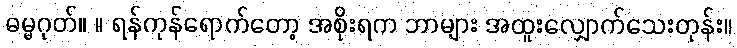
ဓမ္မဂုတ်။ ။ ရန်ကုန်ရောက်တော့ အစိုးရက ဘာများ အထူးလျှောက်သေးတုန်း။